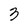
Character: 3